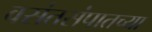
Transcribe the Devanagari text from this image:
वसंतसंपातच्या